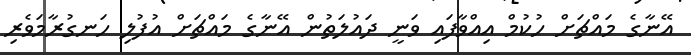
އޭނާގެ މައްޗަށް ހުކުމް އިއްވާފައި ވަނީ ދައުލަތުން އޭނާގެ މައްޗަށް އުފުލި ހަނގުރާމަވެރި